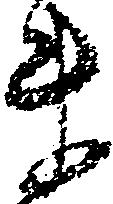
ま